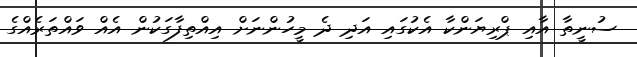
ސުނީތާ އާއި ޕްރިޔަންކާ އެކުގައި އަދި ދެ މީހުންނަށް އިއްތިފާގަކުން އެއް ވައްތަރެއްގެ